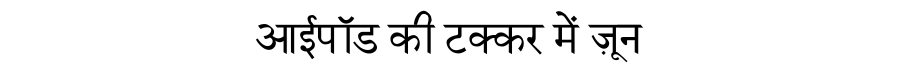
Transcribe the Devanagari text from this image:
आईपॉड की टक्कर में ज़ून